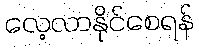
လေ့လာနိုင်စေရန်